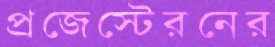
প্রজেস্টেরনের